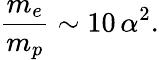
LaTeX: {\frac{m_{e}}{m_{p}}}\sim 10\, \alpha^{2}.